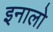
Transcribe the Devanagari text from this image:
इनालो